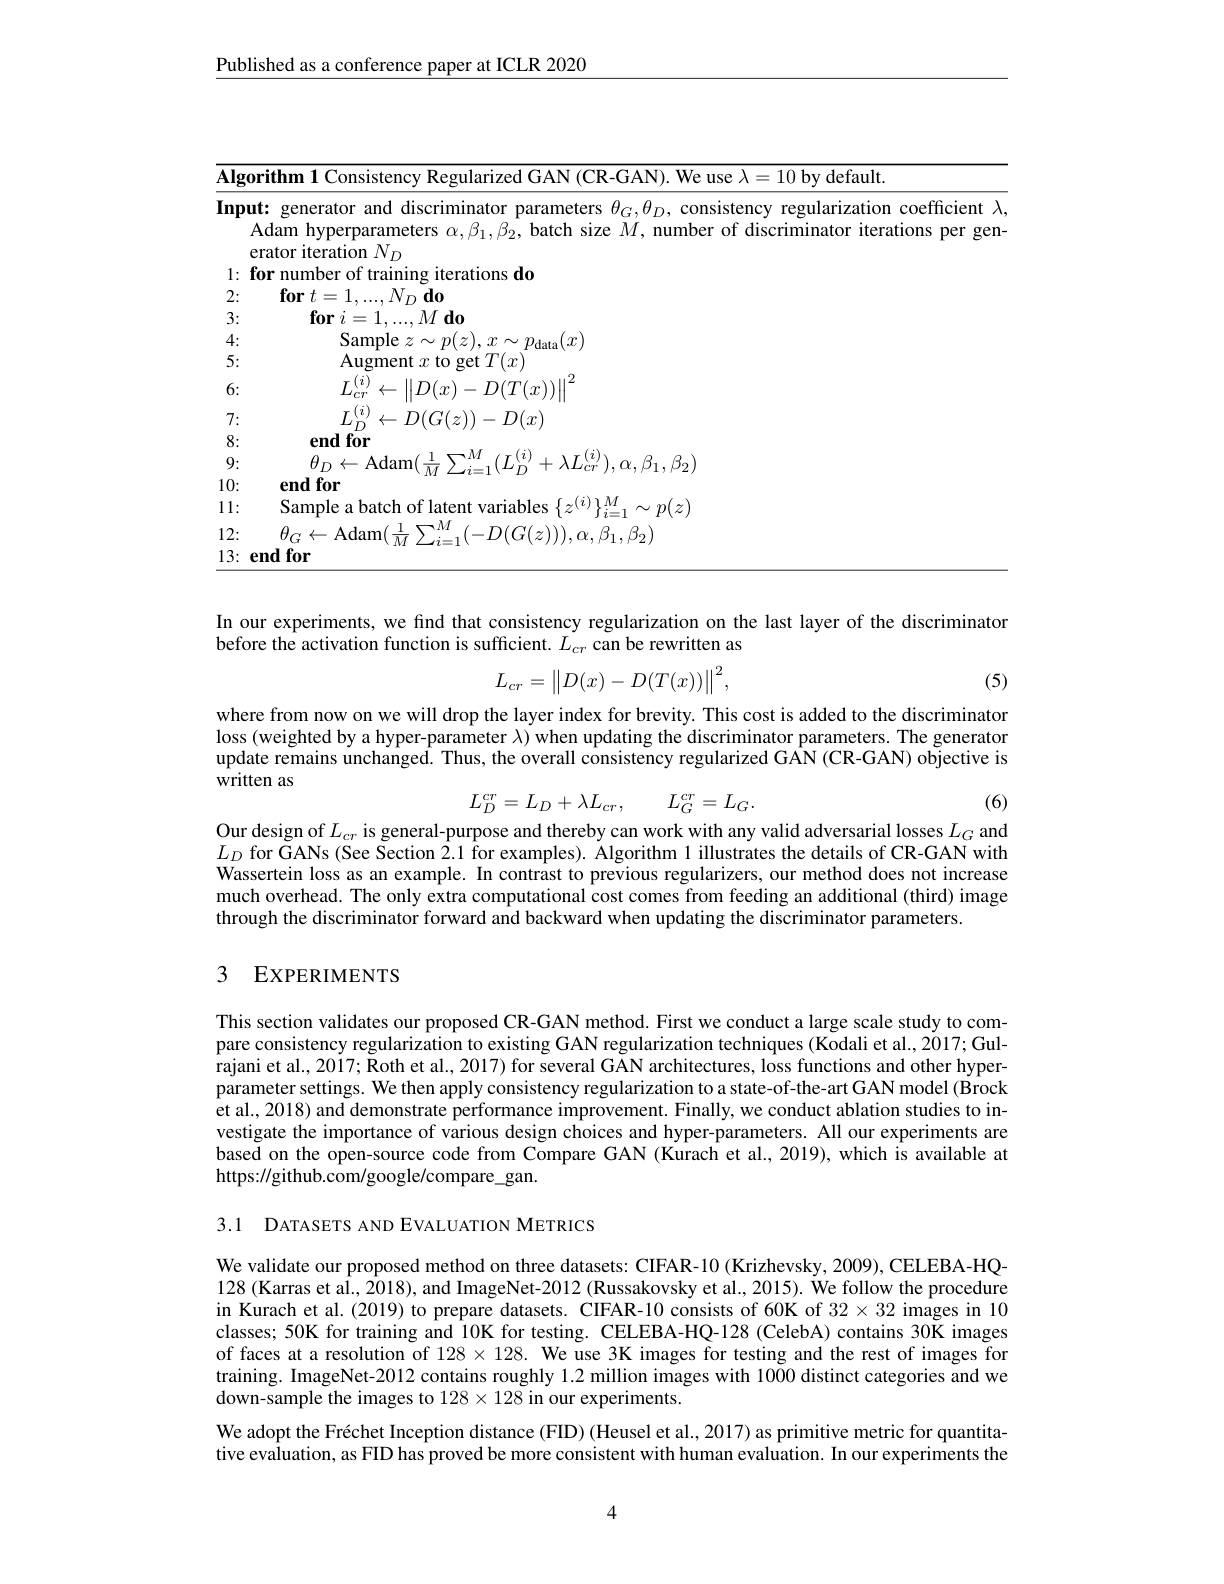
$\underline{\text{Published as a conference paper at ICLR 2020}}$

$\lambda$,
<table>
	<tbody>
		<tr>
			<td>$\lg0$</td>
			<td>1Consistenc Reglılariz $\mathop{\mathrm{zed}}(\mathop{\mathrm{iAN}}$ (-(i$AN)$ We use $\lambda=10$ by default</td>
		</tr>
		<tr>
			<td> </td>
			<td>$\leftarrow$Adam$(\frac1M\sum_{i=1}^{M}(-D(G(z))),\alpha,\beta_{1},\beta_{2})$</td>
		</tr>
	</tbody>
</table>

In our experiments, we find that consistency regularization on the last layer of the discriminator
before the activation function is sufficient. $L_{cr}$ can be rewritten as
$$L_{cr}=\begin{Vmatrix}D(x)-D(T(x))\end{Vmatrix}^2,$$
(5)

where from now on we will drop the layer index for brevity. This cost is added to the discriminator loss (weighted by a hyper-parameter $\lambda)$ when updating the discriminator parameters. The generator update remains unchanged. Thus, the overall consistency regularized GAN (CR-GAN) objective is written as
$$L_D^{cr}=L_D+\lambda L_{cr},\quad L_G^{cr}=L_G.$$
(6)

Our design of $L_cr$ is general-purpose and thereby can work with any valid adversarial losses $L_G$ and $L_{D}$ for GANs (See Section 2.1 for examples). Algorithm 1 illustrates the details of CR-GAN with Wassertein loss as an example. In contrast to previous regularizers, our method does not increase much overhead. The only extra computational cost comes from feeding an additional (third) image through the discriminator forward and backward when updating the discriminator parameters.

## 3 EXPERIMENTS

This section validates our proposed CR-GAN method. First we conduct a large scale study to compare consistency regularization to existing GAN regularization techniques (Kodali et al., 2017; Gulrajani et al., 2017; Roth et al., 2017) for several GAN architectures, loss functions and other hyperparameter settings. We then apply consistency regularization to a state-of-the-art GAN model (Brock et al., 2018) and demonstrate performance improvement. Finally, we conduct ablation studies to investigate the importance of various design choices and hyper-parameters. All our experiments are based on the open-source code from Compare GAN (Kurach et al., 2019), which is available at https://github.com/google/compare_gan.

3.1 DATASETS AND EVALUATION METRICS

We validate our proposed method on three datasets: CIFAR-10 (Krizhevsky, 2009), CELEBA-HQin Kurach et al. (2019) to prepare datasets. CIFAR-10 consists of 60K of $32\times32$ images in 10 classes; 50K for training and 10K for testing. CELEBA-HQ-128 (CelebA) contains 30K images of faces at a resolution of $128\times128.$ We use 3K images for testing and the rest of images for training. ImageNet-2012 contains roughly 1.2 million images with 1000 distinct categories and we down-sample the images to 128× 128 in our experiments.
We adopt the Fréchet Inception distance (FID) (Heusel et al., 2017) as primitive metric for quantitative evaluation, as FID has proved be more consistent with human evaluation. In our experiments the

4